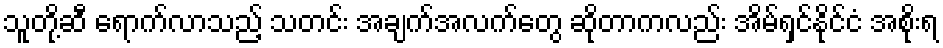
သူတို့ဆီ ရောက်လာသည့် သတင်း အချက်အလက်တွေ ဆိုတာကလည်း အိမ်ရှင်နိုင်ငံ အစိုးရ